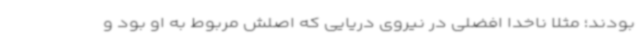
بودند؛ مثلا ناخدا افضلی در نیروی دریایی که اصلش مربوط به او بود و